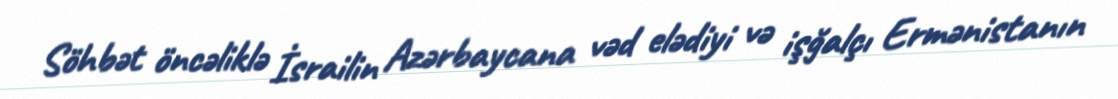
Söhbət öncəliklə İsrailin Azərbaycana vəd elədiyi və işğalçı Ermənistanın